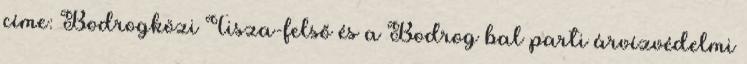
címe: Bodrogközi Tisza-felső és a Bodrog bal parti árvízvédelmi